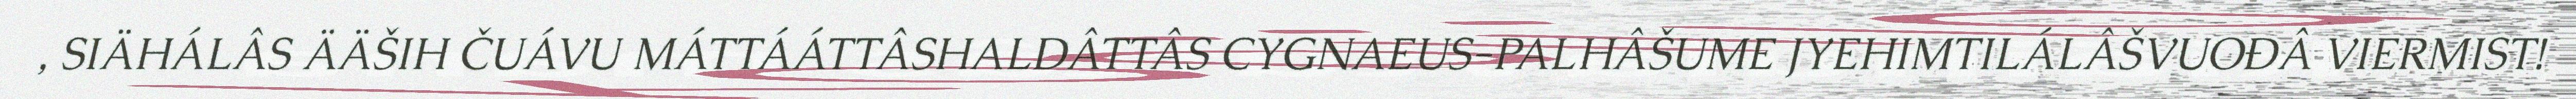
, SIÄHÁLÂS ÄÄŠIH ČUÁVU MÁTTÁÁTTÂSHALDÂTTÂS CYGNAEUS-PALHÂŠUME JYEHIMTILÁLÂŠVUOĐÂ VIERMIST!